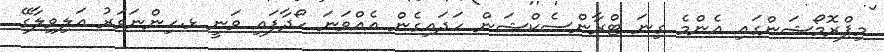
މިޕްރޮމޯޝަންގައި އެންމެ ގިނަ ޓްރާންސެކްޝަން ހަދައިގެން އެއްވަނަ ހޯދާފައި ވަނީ ޅ.ހިންނަވަރު އަލިވިލާގޭ